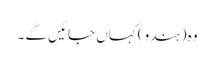
وہ (ہندو) کہاں جائیں گے ۔